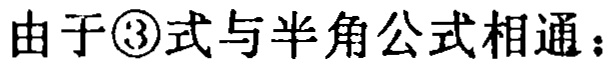
由于\textcircled{3}式与半角公式相通：